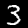
Digit: 3